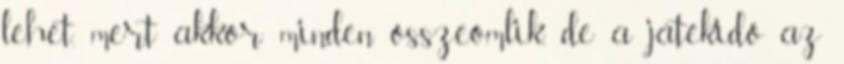
lehet, mert akkor minden összeomlik, de a játékidő az